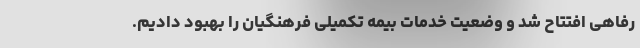
رفاهی افتتاح شد و وضعیت خدمات بیمه تکمیلی فرهنگیان را بهبود دادیم.